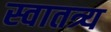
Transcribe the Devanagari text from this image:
स्वातत्र्य